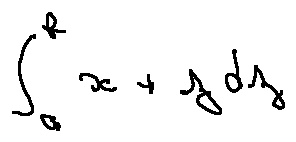
\int \limits _ { a } ^ { b } x + z d z